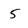
Character: 5